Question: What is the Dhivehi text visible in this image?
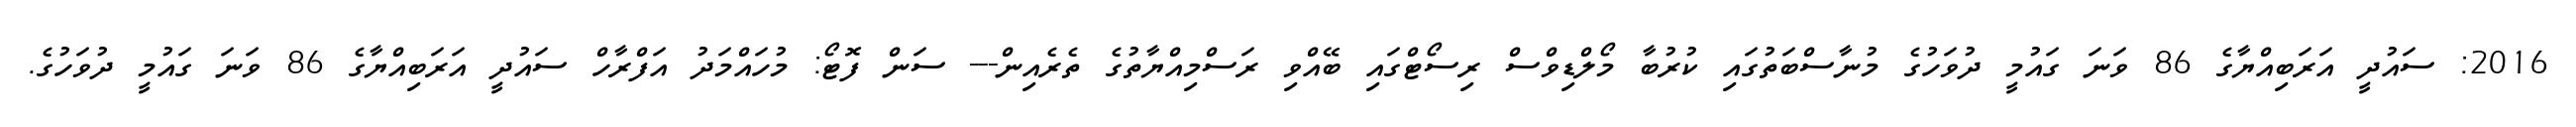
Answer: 2016: ސައުދީ އަރަބިއްޔާގެ 86 ވަނަ ގައުމީ ދުވަހުގެ މުނާސްބަތުގައި ކުރުބާ މޯލްޑިވްސް ރިސޯޓްގައި ބޭއްވި ރަސްމިއްޔާތުގެ ތެރެއިން--- ސަން ފޮޓޯ: މުހައްމަދު އަފްރާހް ސައުދީ އަރަބިއްޔާގެ 86 ވަނަ ގައުމީ ދުވަހުގެ.